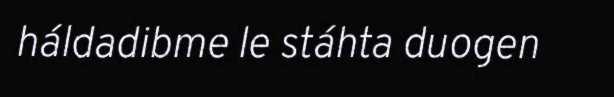
háldadibme le stáhta duogen